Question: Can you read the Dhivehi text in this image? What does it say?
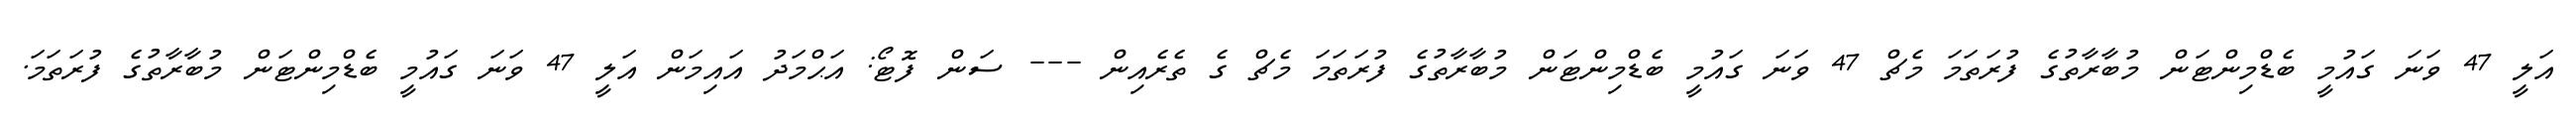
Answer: އަލީ 47 ވަނަ ގައުމީ ބެޑްމިންޓަން މުބާރާތުގެ ފުރަތަމަ މެޗް 47 ވަނަ ގައުމީ ބެޑްމިންޓަން މުބާރާތުގެ ފުރަތަމަ މެޗް ގެ ތެރެއިން --- ސަން ފޮޓޯ: އަޙްމަދު އައިމަން އަލީ 47 ވަނަ ގައުމީ ބެޑްމިންޓަން މުބާރާތުގެ ފުރަތަމަ.